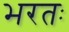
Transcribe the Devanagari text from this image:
भरतः